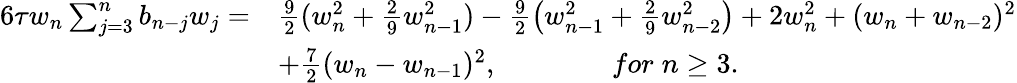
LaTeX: \begin{array}{rl}{6\tau w_{n}\sum_{j=3}^{n}b_{n-j}w_{j}=}&{\frac{9}{2}(w_{n}^{2}+\frac{2}{9}w_{n-1}^{2})-\frac{9}{2}\left(w_{n-1}^{2}+\frac{2}{9}w_{n-2}^{2}\right)+2w_{n}^{2}+(w_{n}+w_{n-2})^{2}}\\ &{+\frac{7}{2}(w_{n}-w_{n-1})^{2},\qquad\qquad for\; n\ge 3.}\end{array}